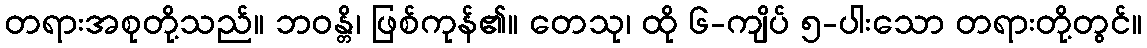
တရားအစုတို့သည်။ ဘဝန္တိ၊ ဖြစ်ကုန်၏။ တေသု၊ ထို ၆-ကျိပ် ၅-ပါးသော တရားတို့တွင်။